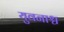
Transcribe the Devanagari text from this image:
युवनाश्च